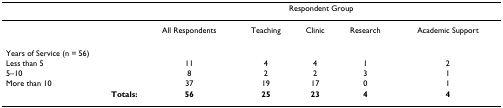
<table><thead><tr><td></td><td colspan="5"><b>Respondent Group</b></td></tr></thead><tbody><tr><td></td><td>All Respondents</td><td>Teaching</td><td>Clinic</td><td>Research</td><td>Academic Support</td></tr><tr><td>Years of Service (n = 56)</td><td></td><td></td><td></td><td></td><td></td></tr><tr><td>Less than 5</td><td>11</td><td>4</td><td>4</td><td>1</td><td>2</td></tr><tr><td>5–10</td><td>8</td><td>2</td><td>2</td><td>3</td><td>1</td></tr><tr><td>More than 10</td><td>37</td><td>19</td><td>17</td><td>0</td><td>1</td></tr><tr><td><b>Totals:</b></td><td><b>56</b></td><td><b>25</b></td><td><b>23</b></td><td><b>4</b></td><td><b>4</b></td></tr></tbody></table>